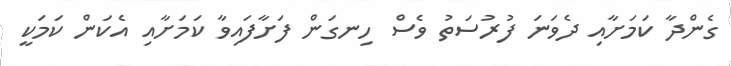
ގެންދާ ކަމަށާއި ދެވަނަ ފުރުސަތު ވެސް ހިނގަން ފަށާފައިވާ ކަމަށާއި އެކަން ކަމަކީ